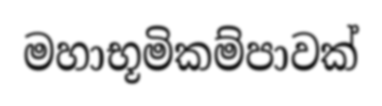
මහාභූමිකම්පාවක්